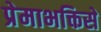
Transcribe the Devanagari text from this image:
प्रेमाभक्तिसे